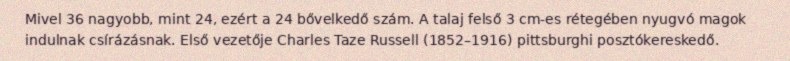
Mivel 36 nagyobb, mint 24, ezért a 24 bővelkedő szám. A talaj felső 3 cm-es rétegében nyugvó magok indulnak csírázásnak. Első vezetője Charles Taze Russell (1852–1916) pittsburghi posztókereskedő.